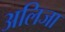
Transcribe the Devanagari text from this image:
अलिजा